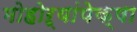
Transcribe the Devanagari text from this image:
मोहोऱ्यांपेक्षा